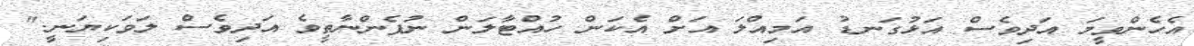
އެހެންވީމަ އަދިވެސް އަޅުގަނޑު އަމިއްލަ އަށް އެކަން ހުއްޓާލަން ނުފެންނާތީވެ އަދިވެސް ލަވަކިޔަނީ."